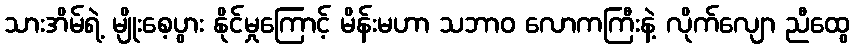
သားအိမ်ရဲ့ မျိုးစေ့ပွား နိုင်မှုကြောင့် မိန်းမဟာ သဘာဝ လောကကြီးနဲ့ လိုက်လျော ညီထွေ